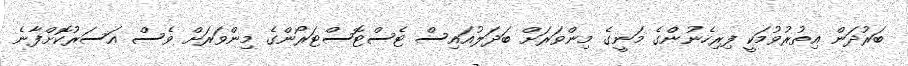
ބަރުދަން އިތުރުވުމަކީ ފިރިހެނުންގެ މަނީގެ މިންވަރަށް ބަދަލުއައިސް ޓެސްޓޮސްޓަރޯންގެ މިންވަރަށް ވެސް އަސަރުކޮށްފާނެ